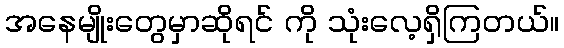
အနေမျိုးတွေမှာဆိုရင် ကို သုံးလေ့ရှိကြတယ်။